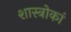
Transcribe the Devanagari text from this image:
शास्त्रोकां